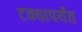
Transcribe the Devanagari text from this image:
टक्यापर्यंत